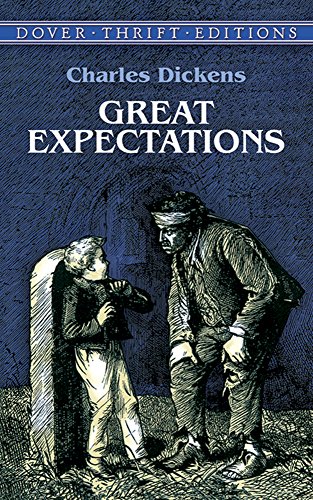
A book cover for Great Expectations (Dover Thrift Editions); Charles Dickens; Literature & Fiction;